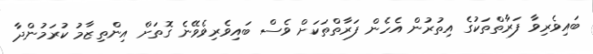
ބައިވެރިވާ ފަރާތްތަކުގެ އިތުރުން އެހެން ފަރާތްތަކަށް ވެސް ބައިވެރިވެވޭނެ ގޮތަށް އިންތިޒާމު ކުރަމުންދާ